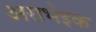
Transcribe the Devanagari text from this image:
अराभेइक